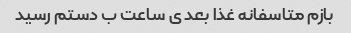
بازم متاسفانه غذا بعد ی ساعت ب دستم رسید